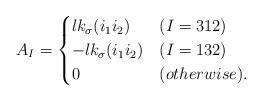
LaTeX: \begin{align*}A_{I} = \begin{cases} lk_\sigma(i_1i_2) & (I=312) \\ -lk_\sigma(i_1i_2) & (I=132) \\ 0 & (otherwise). \end{cases} \end{align*}